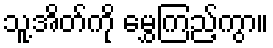
သူ့အိတ်ကို မွှေကြည့်ကွာ။